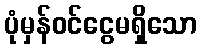
ပုံမှန်ဝင်ငွေမရှိသော